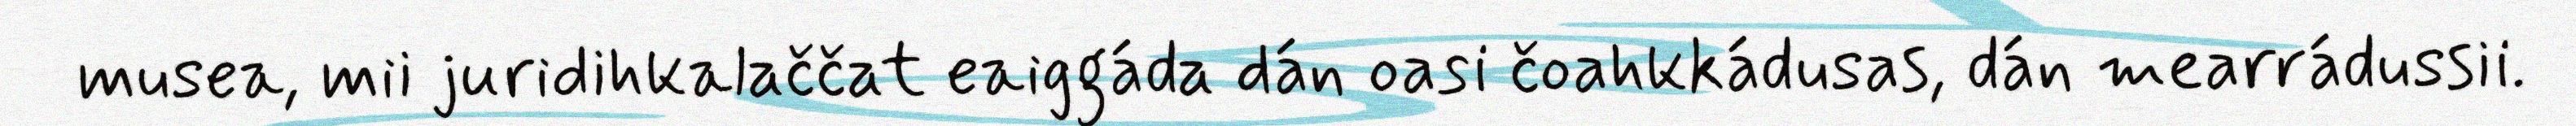
musea, mii juridihkalaččat eaiggáda dán oasi čoahkkádusas, dán mearrádussii.